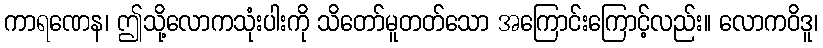
ကာရဏေန၊ ဤသို့လောကသုံးပါးကို သိတော်မူတတ်သော အကြောင်းကြောင့်လည်း။ လောကဝိဒူ၊